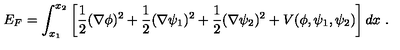
E _ { F } = \int _ { x _ { 1 } } ^ { x _ { 2 } } \left[ { \frac { 1 } { 2 } } ( \nabla \phi ) ^ { 2 } + { \frac { 1 } { 2 } } ( \nabla \psi _ { 1 } ) ^ { 2 } + { \frac { 1 } { 2 } } ( \nabla \psi _ { 2 } ) ^ { 2 } + V ( \phi , \psi _ { 1 } , \psi _ { 2 } ) \right] d x \ .